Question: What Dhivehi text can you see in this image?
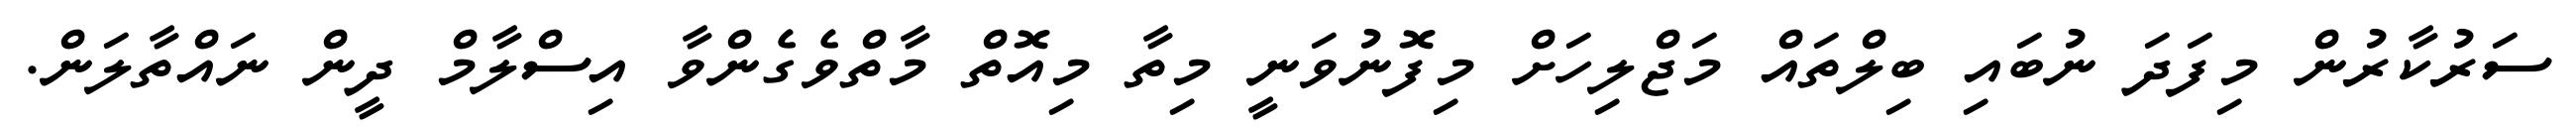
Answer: ސަރުކާރުން މިފަދަ ނުބައި ބިލްތައް މަޖްލިހަށް މިފޮނުވަނީ މިތާ މިއޮތް މާތްވެގެންވާ އިސްލާމް ދީން ނައްތާލަން.